Scottish Certificate of Education, 1963
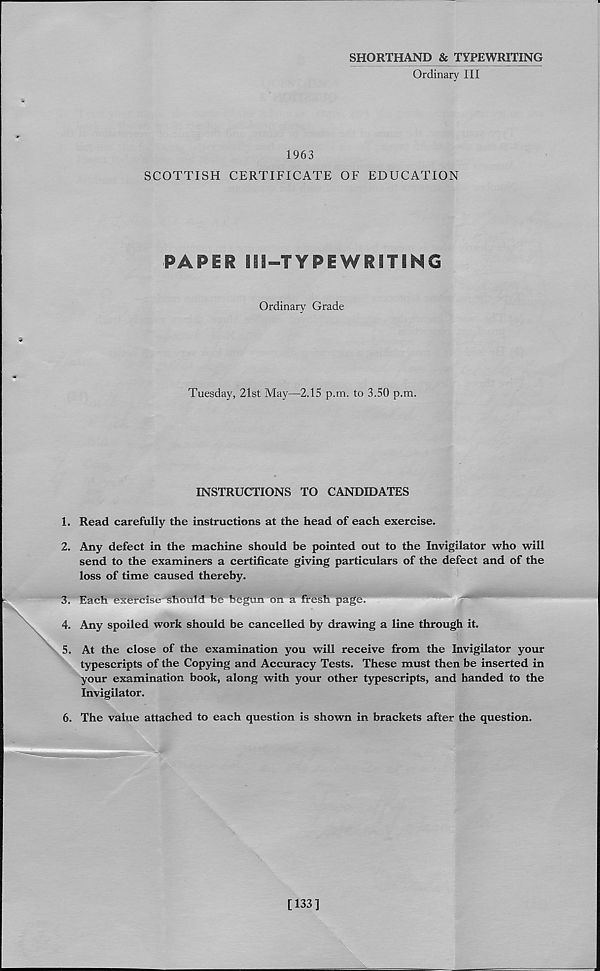
SHORTHAND & TYPEWRITING
Ordinary III
SCOTTISH
1963
CERTIFICATE OF EDUCATION
PAPER Hi—TYPEWRITING
Ordinary Grade
Tuesday, 21st May—2.15 p.m. to 3.50 p.m.
INSTRUCTIONS TO CANDIDATES
1. Read carefully the instructions at the head of each exercise.
2. Any defect in the machine should be pointed out to the Invigilator who will
send to the examiners a certificate giving particulars of the defect and of the
loss of time caused thereby.
\
3. Each exercise'Shhidd be begun on a fresh page.
4. Any spoiled work should be cancelled by drawing a line through it.
5. At the close of the examination you will receive from the Invigilator your
typescripts of the Copying and Accuracy Tests. These must then be inserted in
your examination book, along with your other typescripts, and handed to the
Invigilator.
6. The value attached to each question is shown in brackets after the question.
[133]